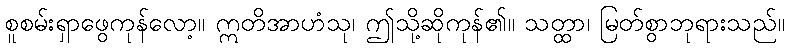
စူစမ်းရှာဖွေကုန်လော့။ ဣတိအာဟံသု၊ ဤသို့ဆိုကုန်၏။ သတ္ထာ၊ မြတ်စွာဘုရားသည်။